Aleksander_Warma, lk 10
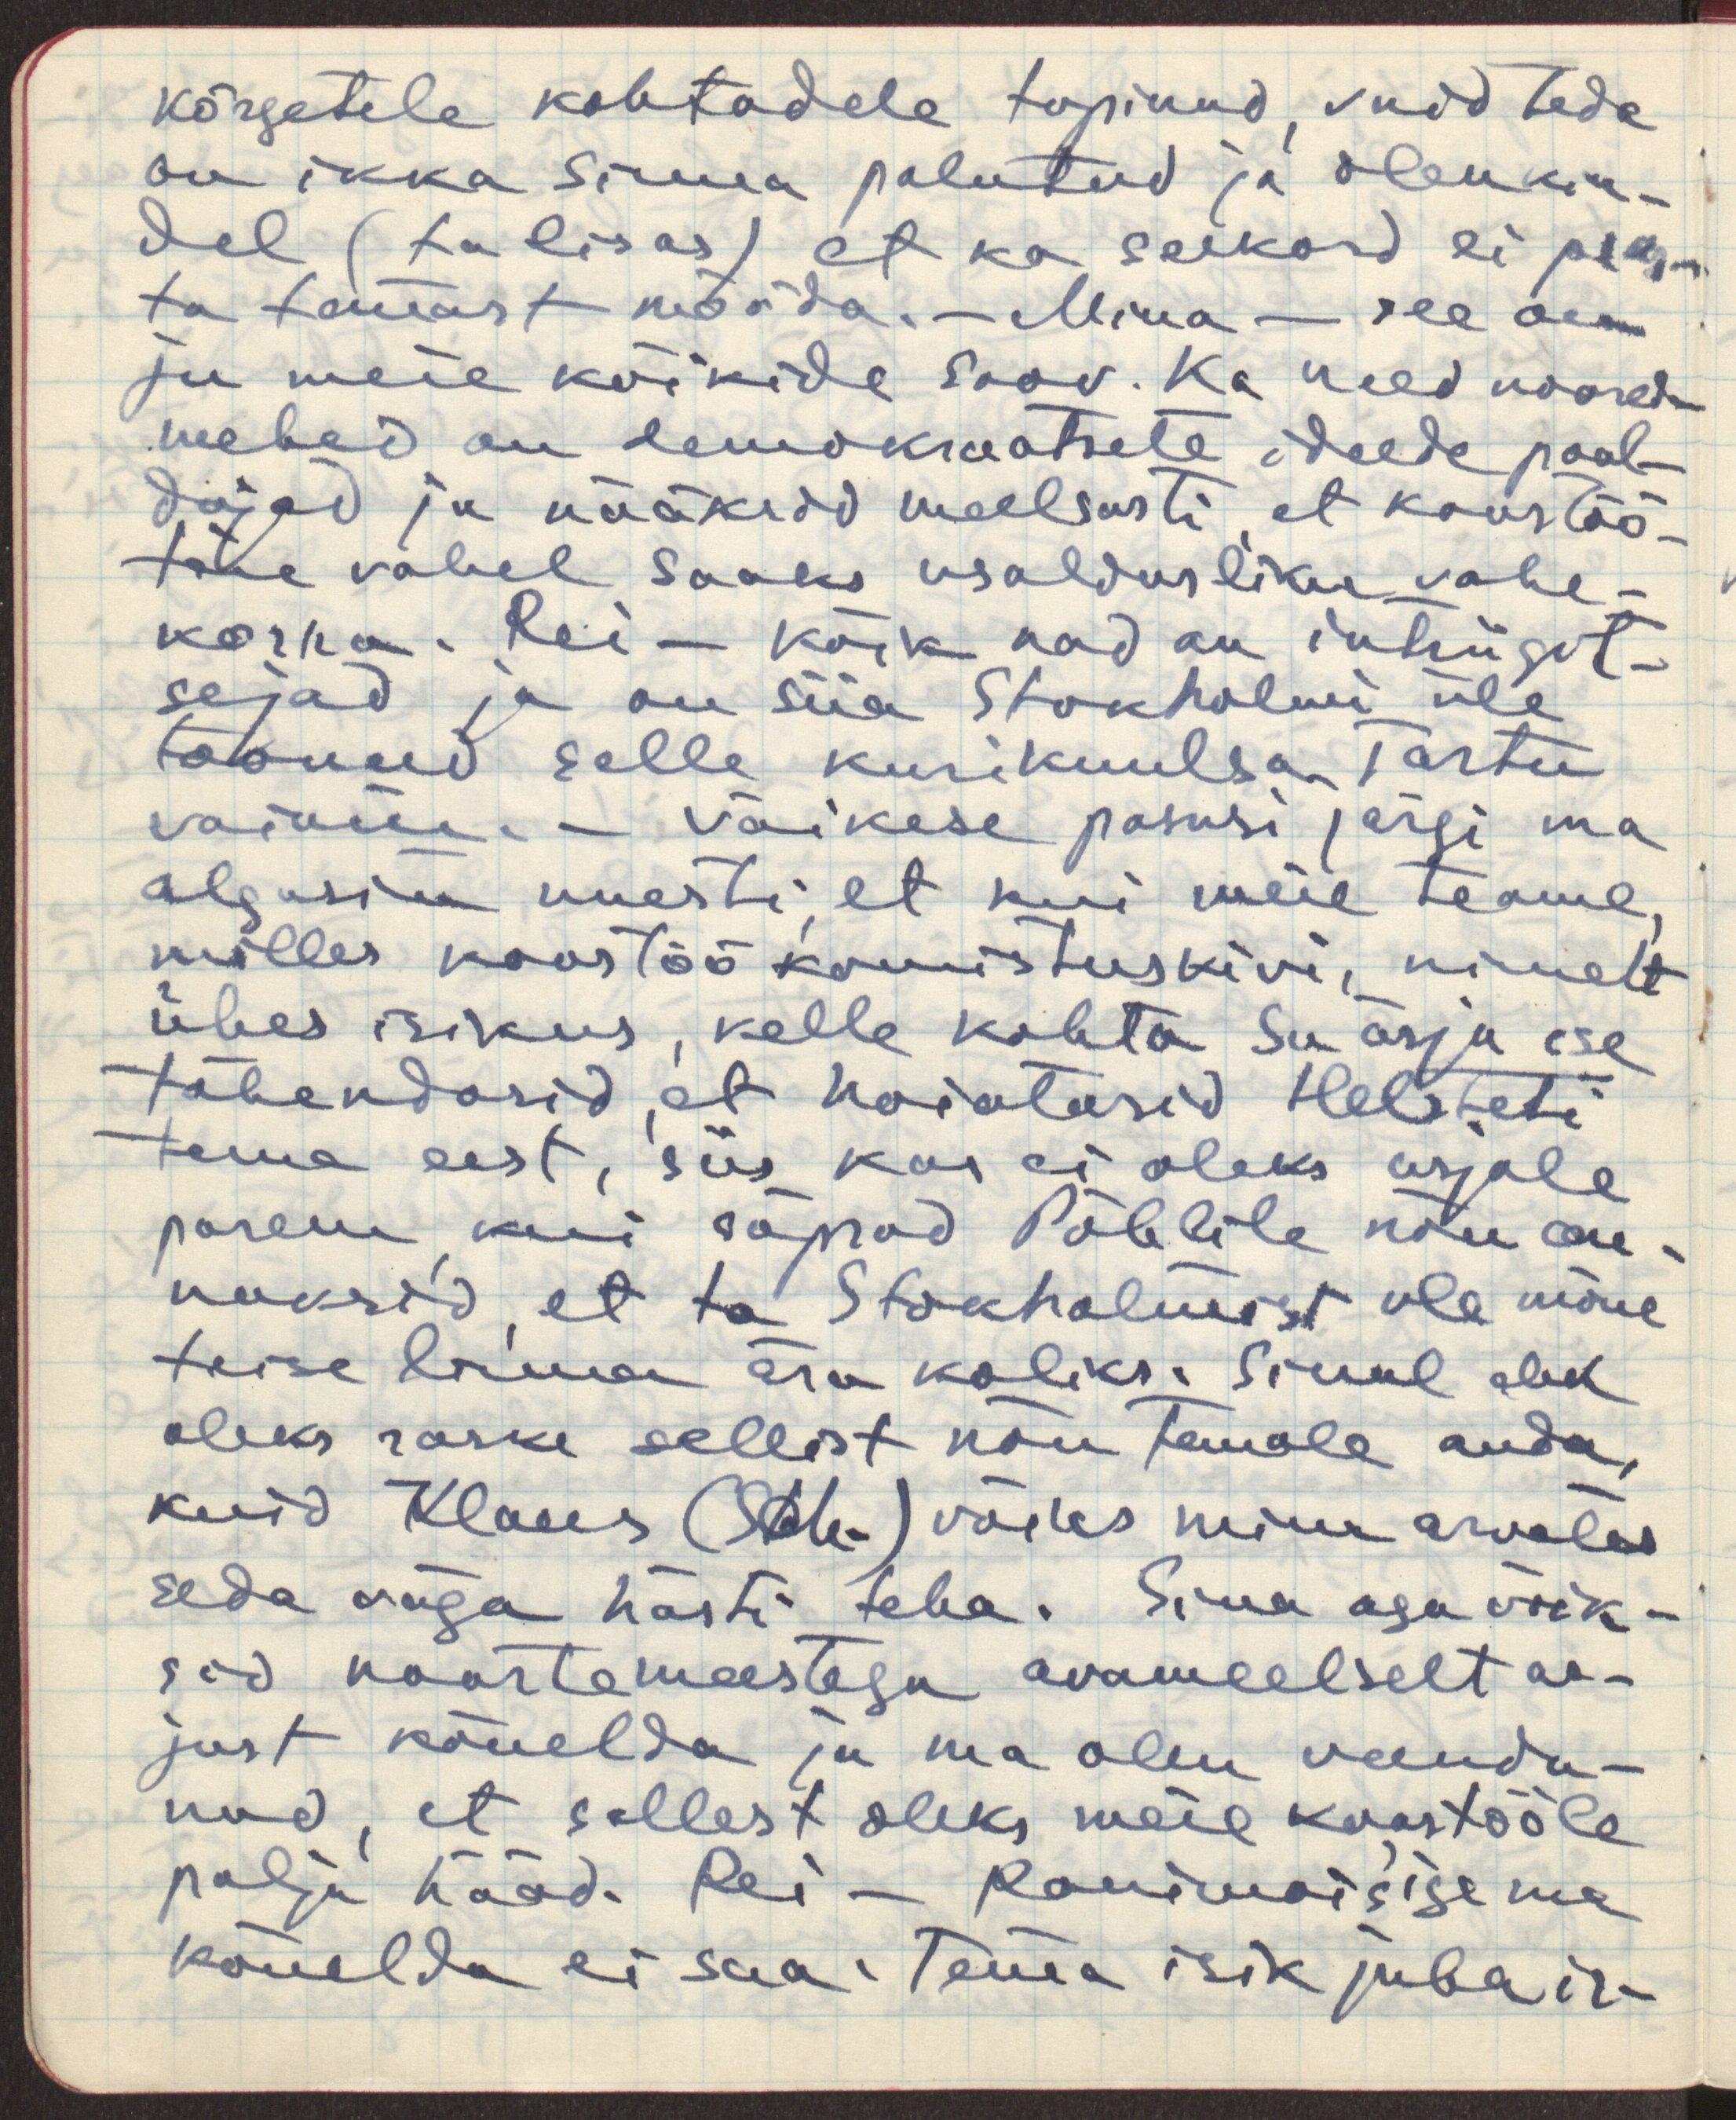
kõrgetele kohtadele topinud, vaid teda
on ikka sinna palutud ja olen kin-
del (ta lisas) et ka seekord ei pääse-
ta temast mööda. - Mina - see on
ju meie kõikide soov. Ka need noored-
mehed on demokraatsete ideede pool-
dajad ja rääkisid meelsasti, et koostöö-
teie vahel saaks usaldusliku vahe-
korra. Rei - kõik nad on intriigit-
sejad ja on siia Stokholmi üle
toonud selle kurikuulsa Tartu
vaimu. - Väikese pasusi järgi ma
algasin uuesti, et kui meie teame,
milles koostöö komistuskivi, nimelt
ühes isikus, kelle kohta Sa äsja ise
tähendasid, et hoiatasid Helteti
tema eest, siis kas ei oleks asjale
parem, kui sõprad Pöhlile nõu an- 
naksid, et ta Stokholmist ule mõne
teise linna ära koliks. Sinul ehk
oleks raske sellist nõu Temale anda,
kuid Klaus (Sch.) võiks minu arvates
seda väga hästi teha. Sina aga võik-
sid noortemeestega avameelselt as-
just kõnelda ja ma olen veendu-
nud, et sellest oleks meie koostööle
palju hääd. Rei - Ronimois'iga ma
kõnelda ei saa. Tema isik juba ir-